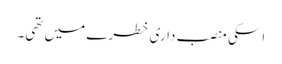
اسکی منصب داری خطرے میں تھی۔